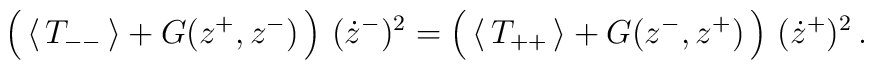
\left(\,\langle\, T_{--}\, \rangle + G(z^{+},z^{-})\,\right)\,(\dot{z}^{-})^{2} =\left(\,\langle\, T_{++}\, \rangle + G(z^{-},z^{+})\,\right)\,(\dot{z}^{+})^{2} \,.